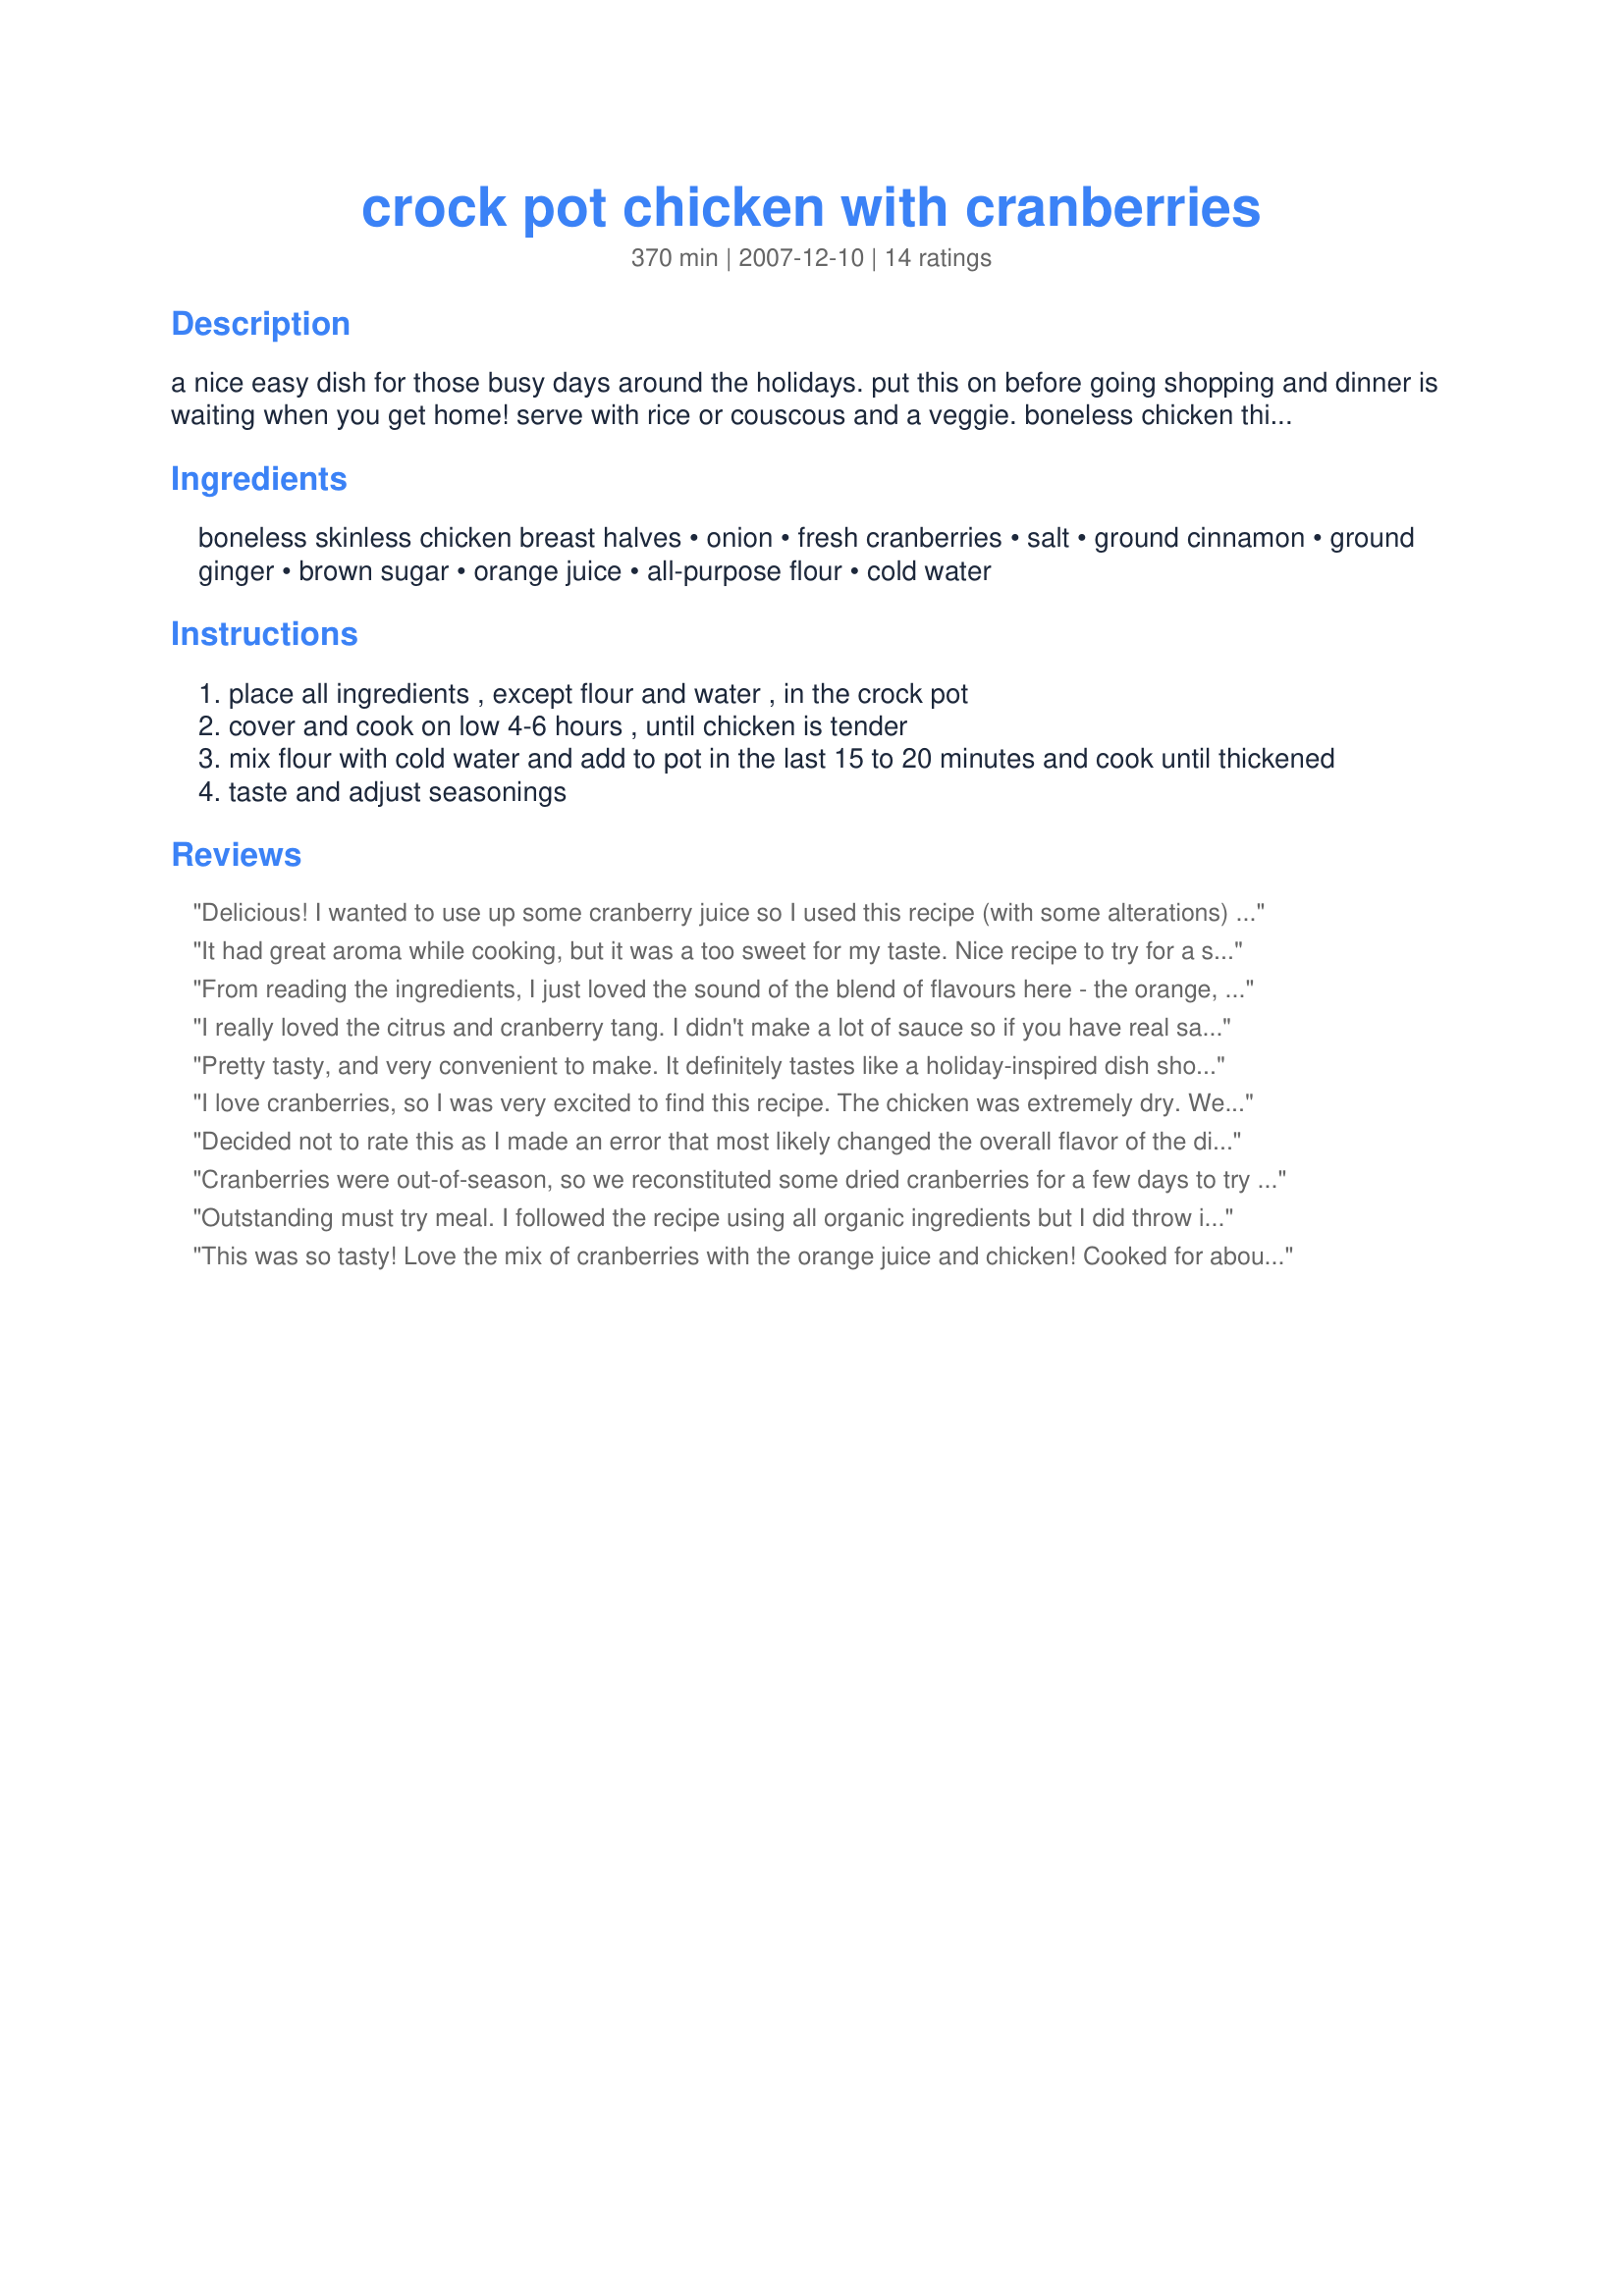
crock pot chicken with cranberries
Preparation time: 370 minutes

a nice easy dish for those busy days around the holidays. put this on before going shopping and dinner is waiting when you get home! serve with rice or couscous and a veggie.
boneless chicken thighs could be used also. edited to add: the 6 hour cooking time is based on my very old crockpot, but i have noticed my newer crockpot cooks hotter, so 4 hours on low may be plenty.

Ingredients:
boneless skinless chicken breast halves, onion, fresh cranberries, salt, ground cinnamon, ground ginger, brown sugar, orange juice, all-purpose flour, cold water

Steps:
place all ingredients , except flour and water , in the crock pot
cover and cook on low 4-6 hours , until chicken is tender
mix flour with cold water and add to pot in the last 15 to 20 minutes and cook until thickened
taste and adjust seasonings

Reviews:
Delicious! I wanted to use up some cranberry juice so I used this recipe (with some alterations) to do so. It turned out well and my family and I enjoyed it. So much so that my 6 year old son asked for thirds. I didn't have frozen cranberries, so I used 1 3/4 cup cranberry juice and about 4 Tbsp orange juice and dried cranberries. I doubled all the other ingredients except the onions and chicken. I cooked it about 5 hrs on low and added the flour, cold water and dried cranberries about 30-40 minutes before serving while I cooked the rice. Thank you for the recipe!
It had great aroma while cooking, but it was a too sweet for my taste. Nice recipe to try for a something different.
From reading the ingredients, I just loved the sound of the blend of flavours here - the orange, cinnamon ginger and sugar - and I was curious about the inclusion of cranberries. We were delighted by the finished dish. I followed the recipe exactly, except for using only one tablespoon of brown sugar (personal taste preference) and adding 1/2 cup wine in step one. I didn't bother to use the flour and water at the end: the juices were wonderfully flavoursome, and didn't seem to need thickening for our taste. I used frozen cranberries. The added bonus with this recipe is that it is just SO easy to make! The only effort really required, apart from placing all the ingredients in the pot and turning it on, is peeling and chopping one onion! Thanks for sharing this fabulous recipe, mikekey. Made for Potluck Tag.
I really loved the citrus and cranberry tang. I didn't make a lot of sauce so if you have real sauce lovers I'd double the amount. The real thing that kept this from being a 5 star for me was the timing. I used *large* breasts (around 10 ounces each) and they were still 3/4 frozen when I put it all in the crock. When I checked them 45 mins before the 6 hours it was not only done but done to dryness. I think 4 hrs would be closer to the mark and possibly less than that if your using smaller chicken bits. Once again, the flavor is outstanding.
Pretty tasty, and very convenient to make. It definitely tastes like a holiday-inspired dish should, which was great because we ran out of roast for our holiday meal so I had to throw this together the next day to serve with all our leftovers. Thanks for sharing this!
I love cranberries, so I was very excited to find this recipe. The chicken was extremely dry. We ended up having to throw it out. I don't know what went wrong with the recipe, because we followed it to a "T". Sometimes these things just don't work out. I think the idea of the recipe sounds really good, but it just didn't work for us.
Decided not to rate this as I made an error that most likely changed the overall flavor of the dish. I used part of a very large vidalia which was probably more onion than intended. My results were not sweet as the sauce was a really nice blend between the onions and cranberries. One of the things which was really interesting about this dish is that over time it got better and better with the bright fruity flavor of the cranberries just popping out. So while I liked it on the first day, by the third I was ready to lick the bowl and sad that the leftovers were gone. If you have time and plan, I would suggest making this a day before serving; a great option for those of us who cook for the week on Sunday.
Cranberries were out-of-season, so we reconstituted some dried cranberries for a few days to try to leach out as much sugar as possible. It was still good... probably not as good as it would have been with fresh cranberries, but still very very good.
Outstanding must try meal. I followed the recipe using all organic ingredients but I did throw in a cut up carrot and left out the salt (didnt even miss it)and totally forgot to do the flour and water at the end (doubt that it hurt the end result) I usually prefer thighs or drumsticks but I only had boneless so that is what I used. I served it over couscous. This recipe couldnt be easier or healthier. Check out the nutrition facts. This did not taste like a crockpot meal; rather it tasted like something I would have picked up at Wholefoods. Very nice flavor where all the ingredients complimented one another nicely. Nothing was overpowering at all and the chicken itself was extremely tender. I will definitly make this again next week. This is a recipe that will allow me to eat a healthy meal with ease of preparation and superb taste. Thanks so much for that!
This was so tasty! Love the mix of cranberries with the orange juice and chicken! Cooked for about 4 hours. Didn't thicken the sauce - was too much in a hurry to taste the chicken! ;) Thanks mikekey! :)
When I made this the other day, I discovered I didn't have cranberries, so I subbed a can of whole-berry cranberry sauce & omitted the oj. I did add some grated orange rind. I ended up throwing it in the oven on very "low" heat (around 200*) for 4 hrs. I then removed it & thickened the sauce w' cornstarch, stovetop (didn't add the water). All in all, this had good flavour. I served it over rice. Even the leftovers were tasty! If I make it this way again, I would soften the onions first (in the microwave).
I used a can of cranberry sauce with whole cranberries and 1/2 C OJ, no sugar. I also used arrowroot instead of flour and thickened it on the stove to use as a dip or pour over. I was worried the kids wouldn't like it. Not! Even the picky 7 yo liked it! And my husband, who doesn't like fruit in his main dish, really liked it (minus the whole cranberries, of course!) I used 3 LARGE chkn breasts too and forgot the onions (which I'm sure my kids were glad of.)
What a lovely chicken dish! Surprisingly it was not as sweet as I thought it would be and the cranberry/orange/spice combination was perfect with the chicken. I didn't use quite as much thickening and the sauce came out perfectly for us. 4 hours on low did the trick in my crockpot. Thanks for sharing the recipe!
I made this with a pork loin instead of chicken. I was trying to use up some cranberries that I had bought for Christmas. I didn't have any onion so I subbed onion powder but I would like to try it again with the onion. I usually don't like cinnamon in savory dishes but it worked in this one. I doubled the ingredients because the pork loin was so big and I cooked it on high for 5 hours. MMMmmmm
